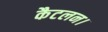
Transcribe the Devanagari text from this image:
कैटलन।